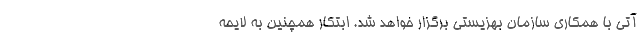
آتی با همکاری سازمان بهزیستی برگزار خواهد شد. ابتکار همچنین به لایحه